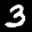
Label: 3